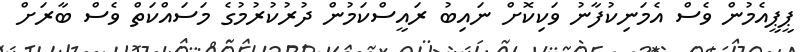
ޕީޕީއެމުން ވެސް އެމަނިކުފާނު ވަކިކޮށް ނައިބު ރައީސްކަމުން ދުރުކުރުމުގެ މަސައްކަަތް ވެސް ބާރަށް